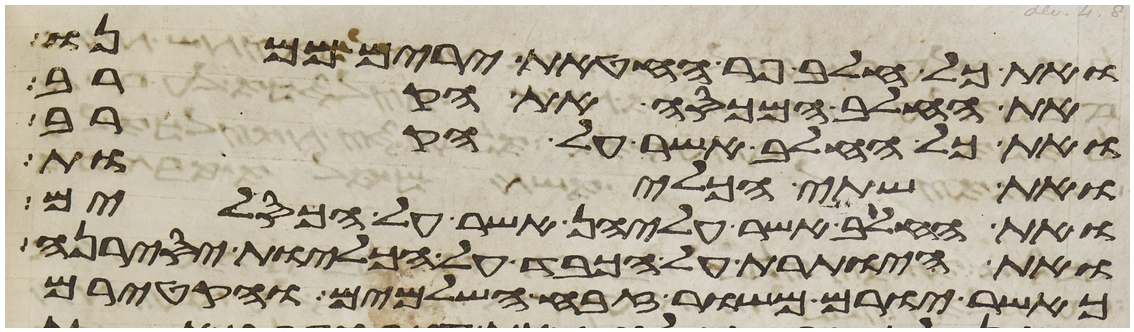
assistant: ואת כל חלב פר החטאת ירים ממנו
את החלב המכסה את הקרב
ואת כל החלב אשר על הקרב
ואת שתי הכליות
ואת החלב אשר עליהן אשר על הכסלים
ואת היותרת על הכבד על הכליות יסירנה
כאשר יורם משור זבח השלמים והקטירם